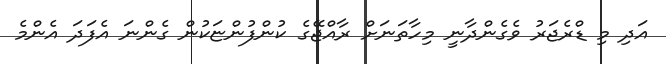
އަދި މި ޑްރެޖަރު ވެގެންދާނީ މިހާތަނަށް ރާއްޖޭގެ ކުންފުންޏަކުން ގެންނަ އެފަދަ އެންމެ